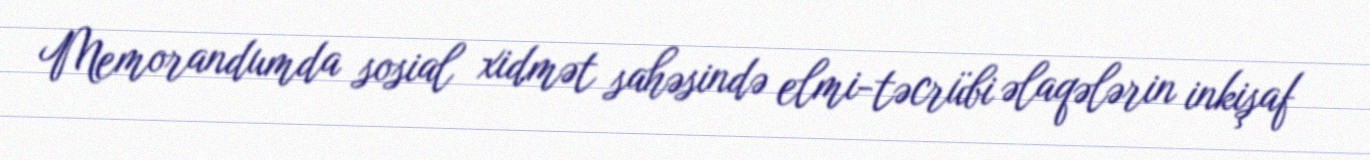
Memorandumda sosial xidmət sahəsində elmi-təcrübi əlaqələrin inkişaf